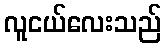
လူငယ်လေးသည်